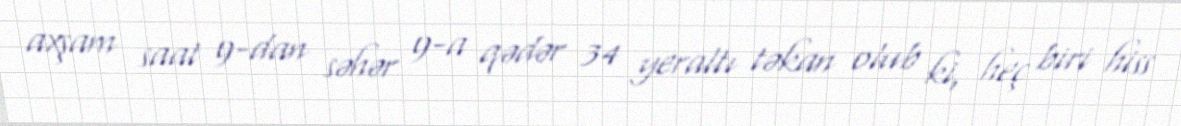
axşam saat 9-dan səhər 9-a qədər 34 yeraltı təkan olub ki, heç biri hiss